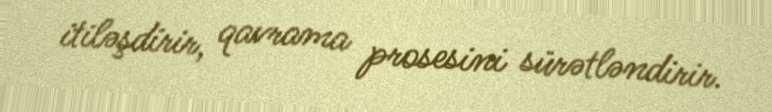
itiləşdirir, qavrama prosesini sürətləndirir.